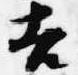
吉